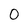
Character: 0